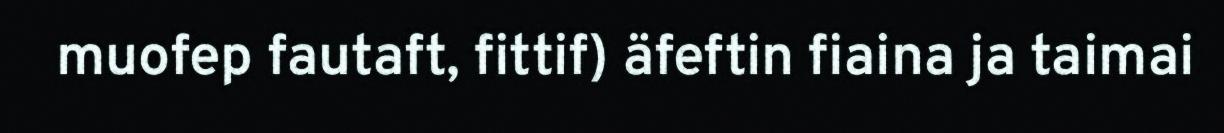
muofep fautaft, fittif) äfeftin fiaina ja taimai